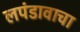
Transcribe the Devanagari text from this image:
लपंडावाचा